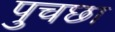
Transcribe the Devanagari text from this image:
पुचछा